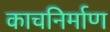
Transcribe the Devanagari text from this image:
काचनिर्माण